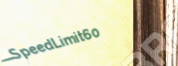
SpeedLimit60